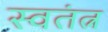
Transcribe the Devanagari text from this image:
स्वतंत्न